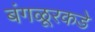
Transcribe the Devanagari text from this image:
बंगळूरकडे